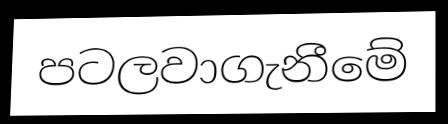
පටලවාගැනීමේ